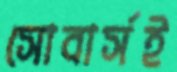
সোবার্সই